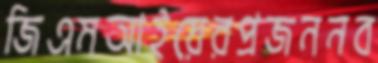
জিএমআইয়েরপ্রজননব